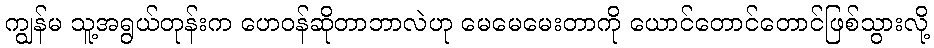
ကျွန်မ သူ့အရွယ်တုန်းက ဟေဝန်ဆိုတာဘာလဲဟု မေမေမေးတာကို ယောင်တောင်တောင်ဖြစ်သွားလို့